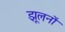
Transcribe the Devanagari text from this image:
झूलनों